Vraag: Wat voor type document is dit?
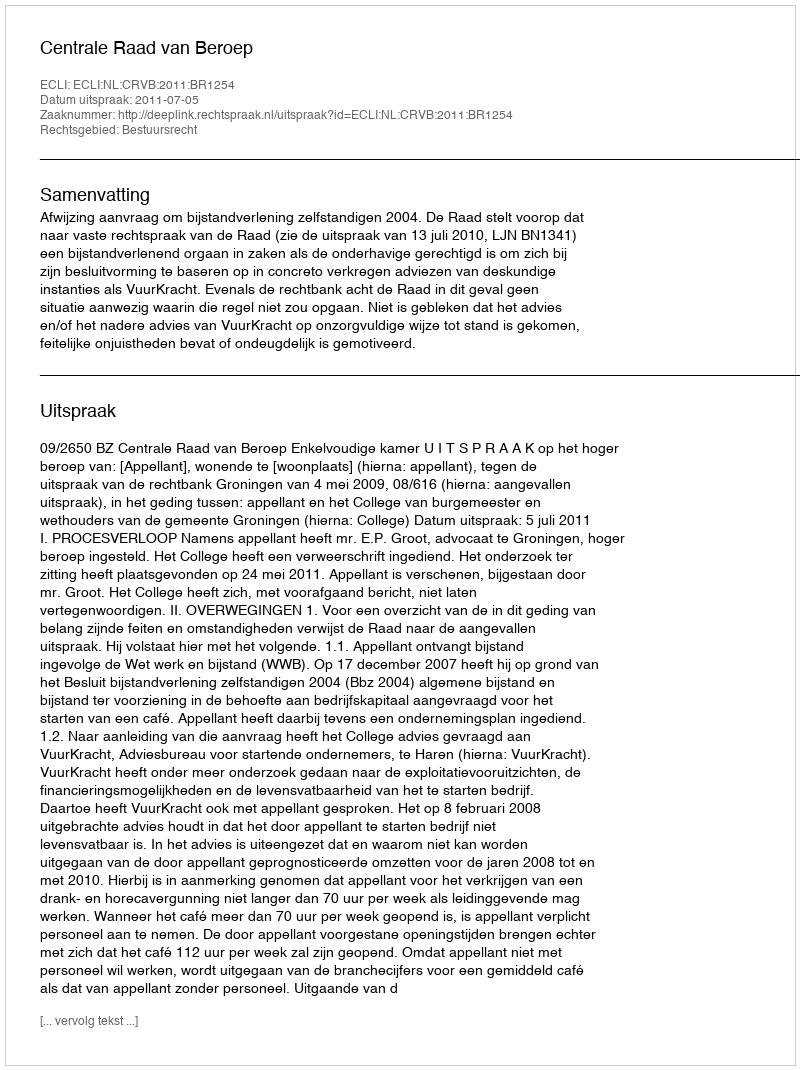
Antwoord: Uitspraak